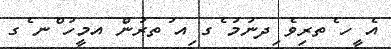
އެ ީހ ެތރިވެ ިދނުމު ެގ ިއ ުތރުންެ އމީހު ްނ ެގ